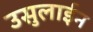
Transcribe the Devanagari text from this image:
उसुलाईन